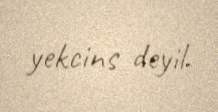
yekcins deyil.